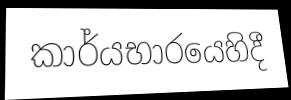
කාර්යභාරයෙහිදී